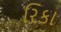
રિકા